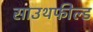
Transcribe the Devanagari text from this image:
साउथफील्ड